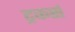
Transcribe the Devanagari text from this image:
ट्रकर्स